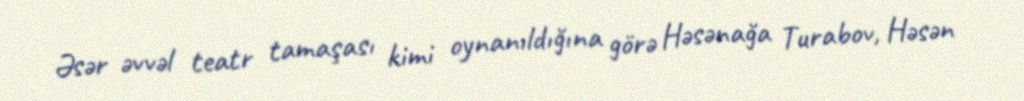
Əsər əvvəl teatr tamaşası kimi oynanıldığına görə Həsənağa Turabov, Həsən